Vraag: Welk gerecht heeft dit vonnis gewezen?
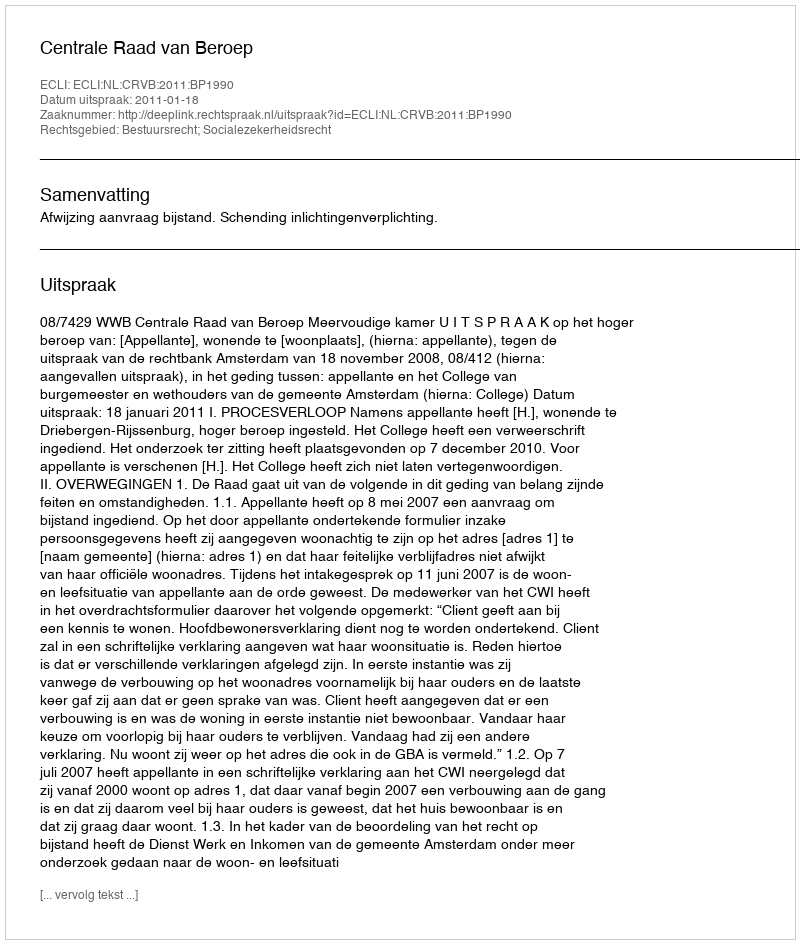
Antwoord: Centrale Raad van Beroep